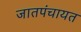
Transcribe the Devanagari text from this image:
जातपंचायत